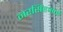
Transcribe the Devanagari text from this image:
नरसिंहभाई